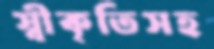
স্বীকৃতিসহ